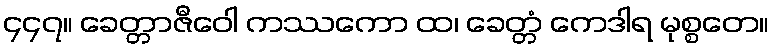
၄၄၇။ ခေတ္တာဇီဝေါ ကဿကော ထ၊ ခေတ္တံ ကေဒါရ မုစ္စတေ။